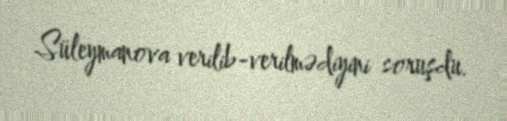
Süleymanova verilib-verilmədiyini soruşdu.